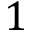
1